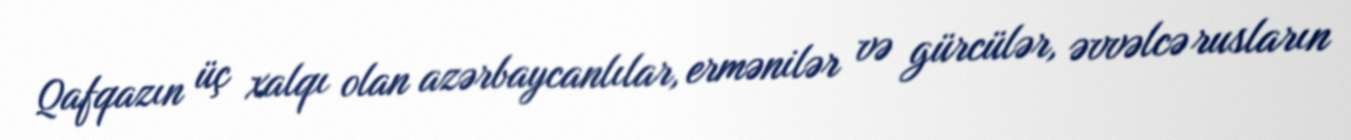
Qafqazın üç xalqı olan azərbaycanlılar, ermənilər və gürcülər, əvvəlcə rusların